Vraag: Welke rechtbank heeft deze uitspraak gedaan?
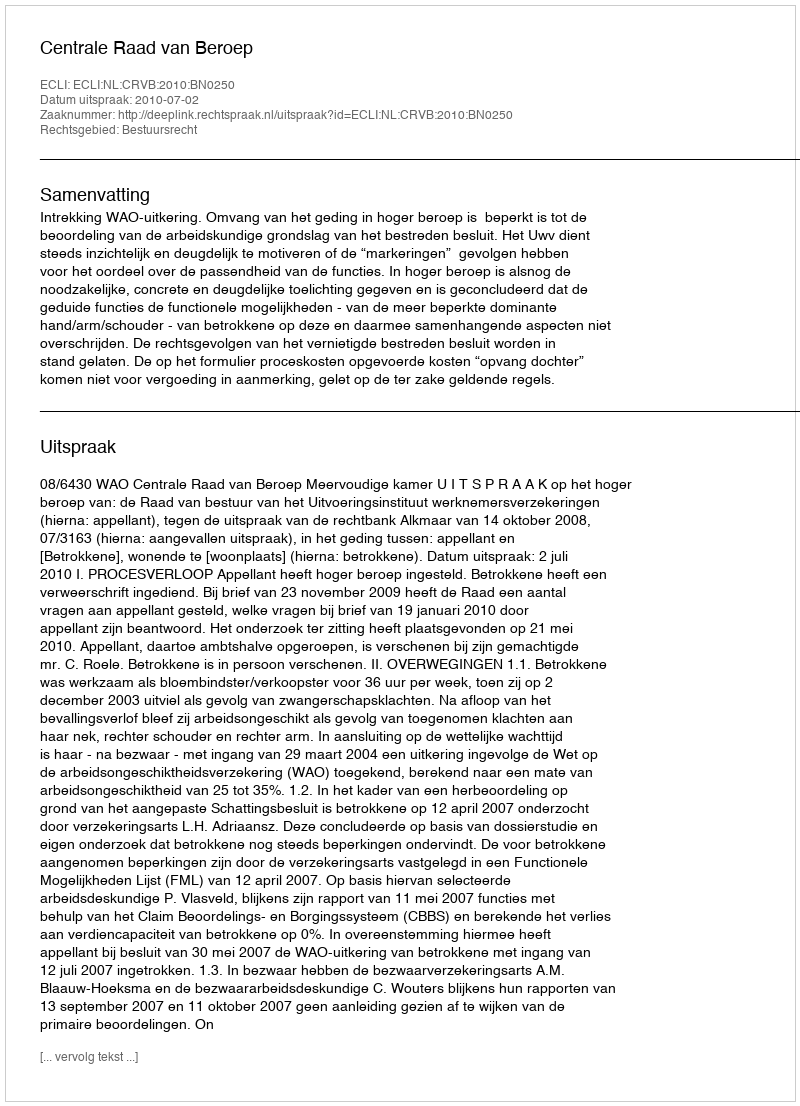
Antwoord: Centrale Raad van Beroep